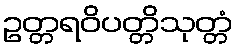
ဥတ္တရဝိပတ္တိသုတ္တံ